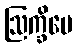
ဩက္ခိပေ